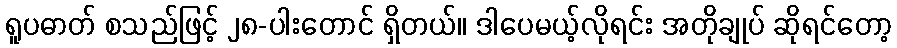
ရူပဓာတ် စသည်ဖြင့် ၂၈-ပါးတောင် ရှိတယ်။ ဒါပေမယ့်လိုရင်း အတိုချုပ် ဆိုရင်တော့